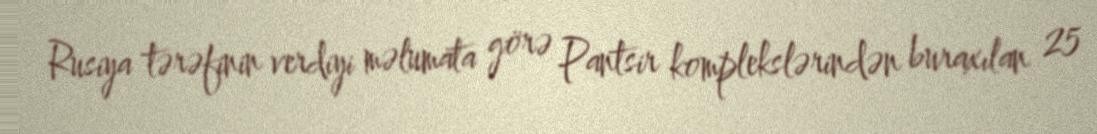
Rusiya tərəfinin verdiyi məlumata görə Pantsir komplekslərindən buraxılan 25